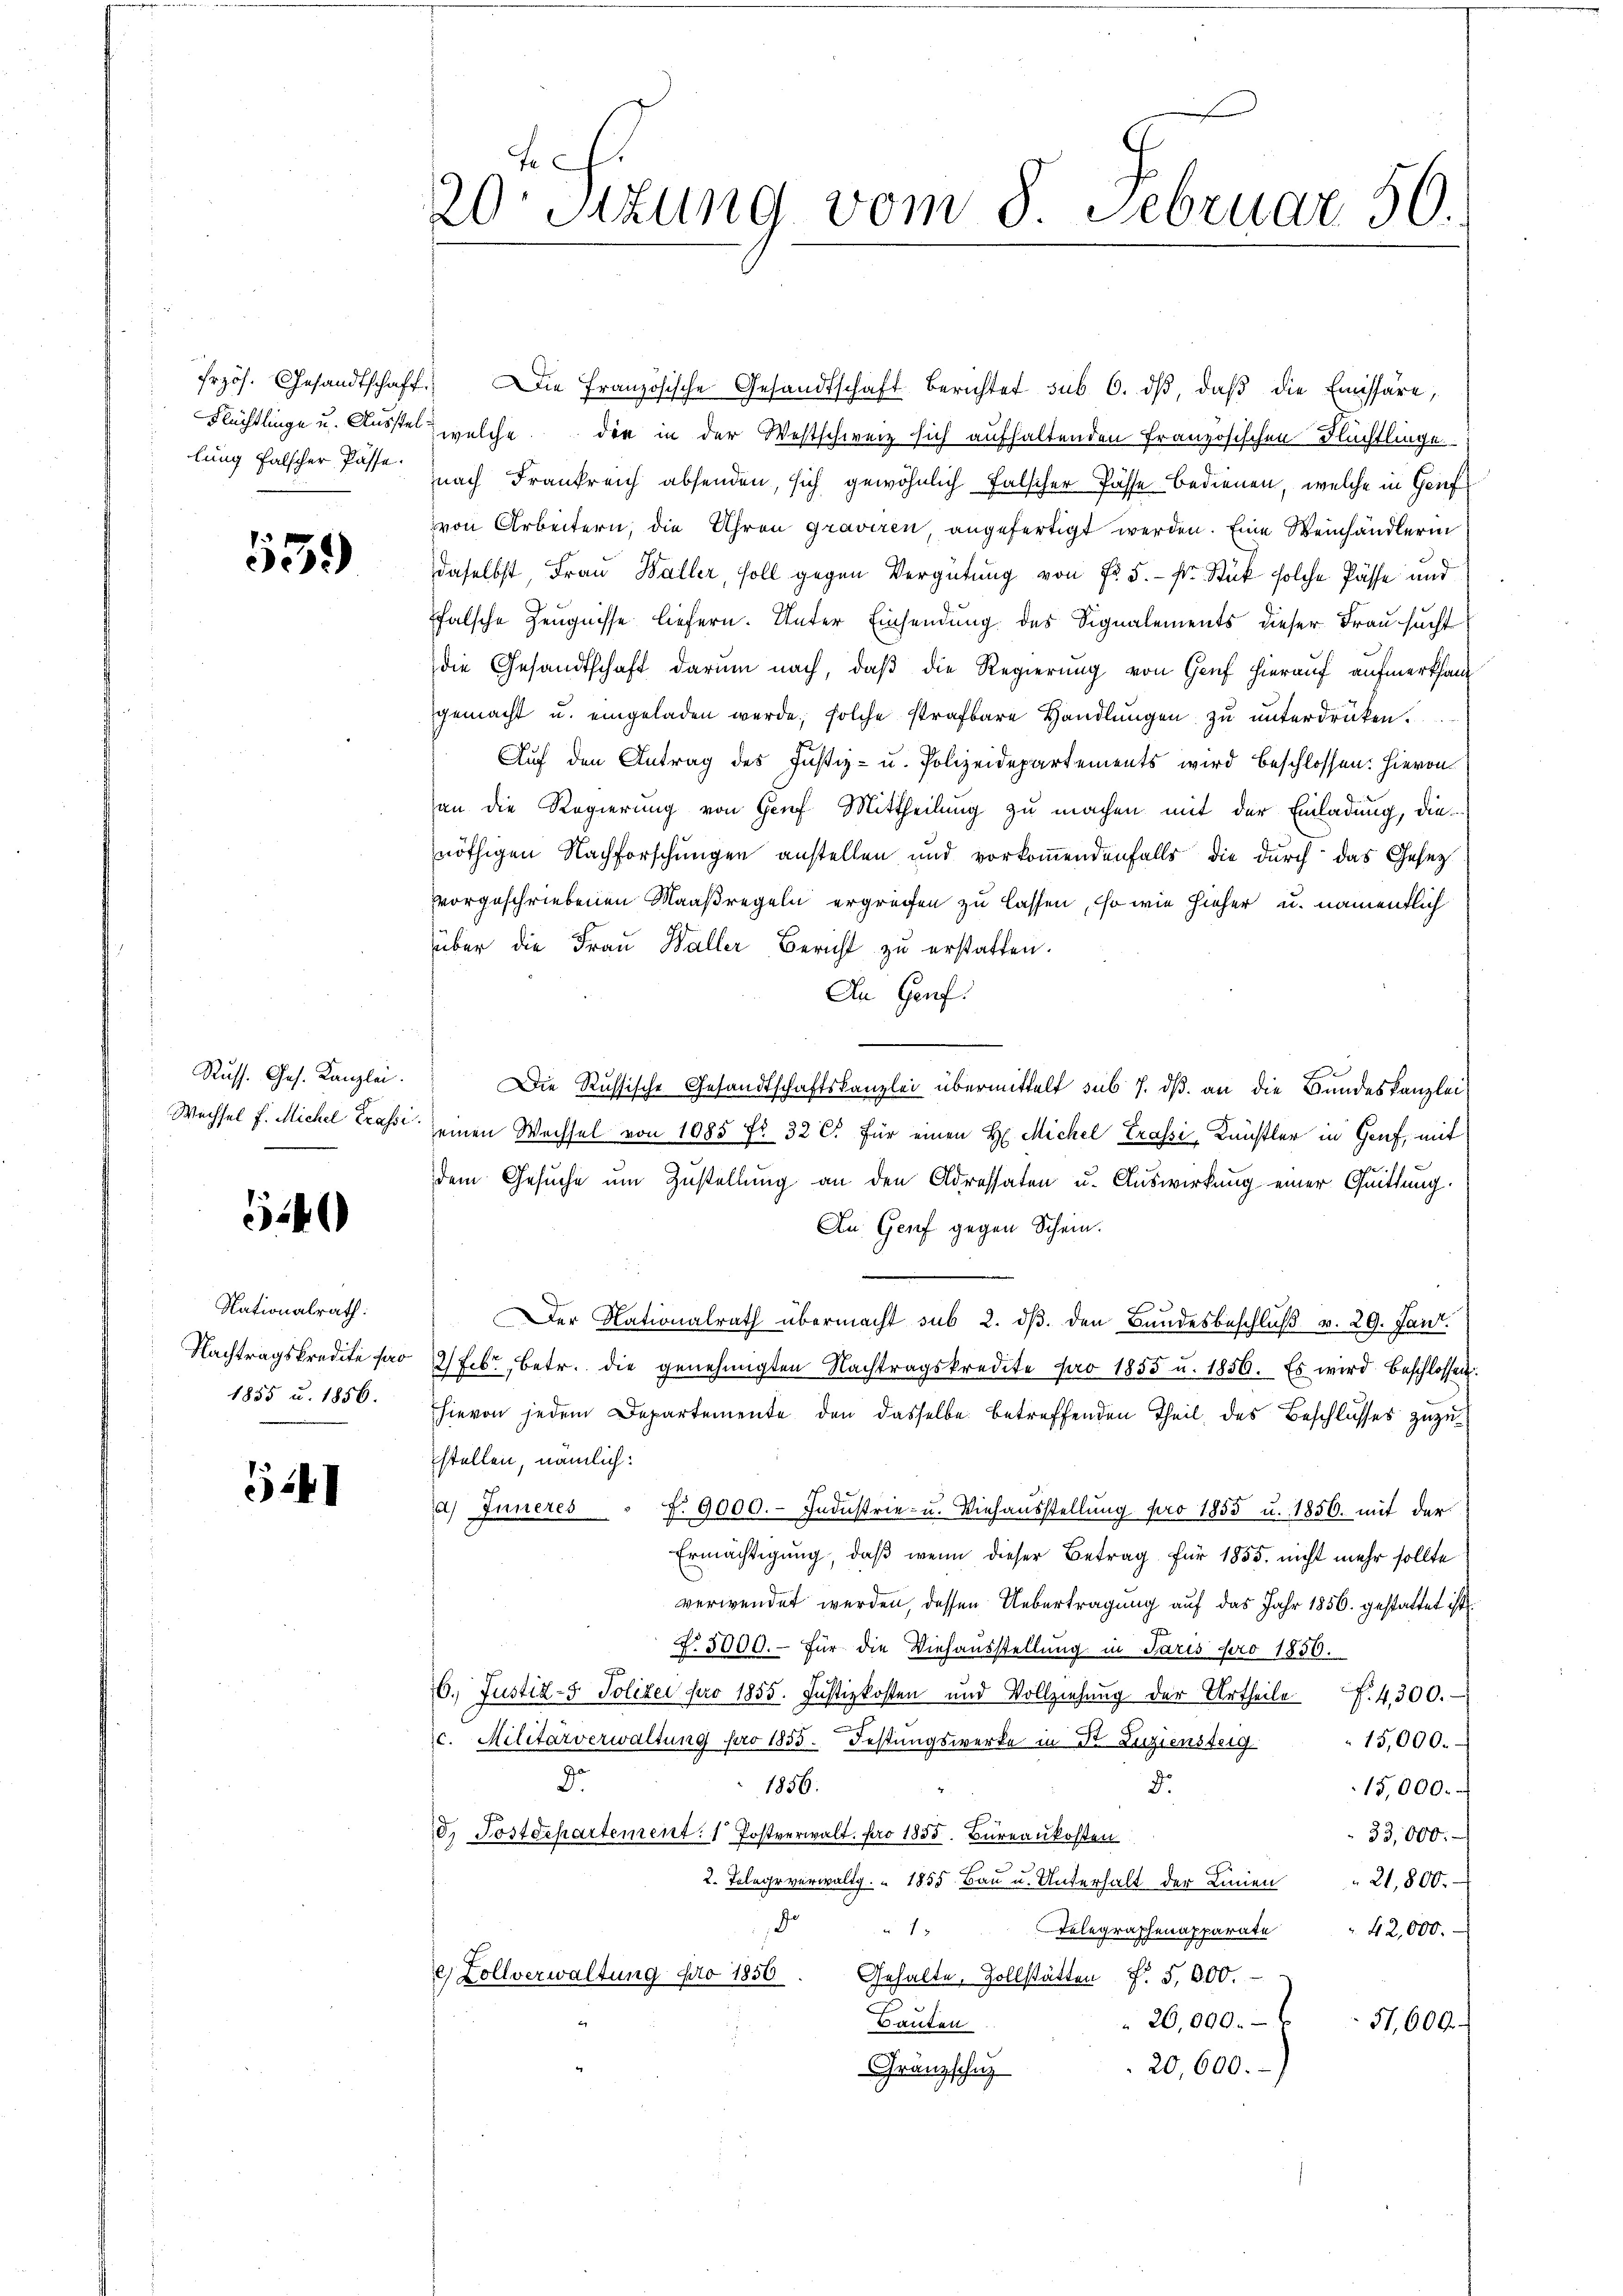
lung falscher Pässe.

539)

Russ. Ges. Kanzlei.
Wechsel f. Michel Trassi

540

Nationalrath:
Nachtragskredite pro
1855 u. 1856.

54

4
20 Stzung vom 8. Februar 50.

frzös. Gesandtschaft. Die Französische Gesandtschaft berichtet sub 6. dβ, daβ die Emissäre,
Flüchtlinge u. Ausste welche die in der Westschweiz sich aufhaltenden Französischen Flüchtlinge
nach Frankreich absenden, sich gewöhnlich falscher Pässe bedienen, welche in Genf
von Arbeitern, die Uhren graviren, angefertigt werden. Eine Weinhändlerin
daselbst, Frau Baller, soll gegen Vergütung von Fr. 5.- Fr. Stück solche Pässe und
falsche Zeugnisse liefern. Unter Einsendung des Signalements dieser Frau sucht
die Gesandtschaft darum nach, daß die Regierung von Genf hierauf aufmerksamgemacht u. eingeladen werde, solche strafbare Handlŭngen zŭ ŭnterdrücken.
Auf den Antrag des Justiz- u. Polizeidepartements wird beschlossen: Hievon
an die Regierung von Genf Mittheilung zu machen mit der Einladung, die
nöthigen Nachforschungen anstellen und vorkommendenfalls die durch das Gesetz
vorgeschriebenen Maaßregeln ergreifen zu lassen, so wie hieher u. namentlich
über die Frau Waller Bericht zu erstatten.
An Genf.
Die Russische Gesandtschaftskanzlei übermittelt sub 7. dß. an die Bundeskanzleieinen Wechsel von 1085 fr. 32 C. für einen H. Michel Trassi, Künstler in Genf, mit
dem Gesuche um Zustellung an den Adressaten u. Auswirkung einer Quittung.
An Genf gegen Schein.
Der Nationalrath übermacht sub 2. dβ den Bundesbeschluß v. 29. Jan.
2 Febr., betr. die genehmigten Nachtragskredite pro 1855 u. 1856. Es wird beschlossen.
hievon jedem Departemente den dasselbe betreffenden Theil, des Beschlusses zuzustellen, nämlich:
a) Inneres " f. 9000.- Industrie- u. Viehausstellŭng pro 1855 u. 1856. mit der
Ermächtigung, daß wenn dieser Betrag für 1855. nicht mehr sollte
verwendet werden, dessen Uebertragung auf das Jahr 1856. gestattet ist,
No 5000.- für die Viehausstellung in Paris pro 1856.
6. Justiz- u. Polizei pro 1855. Justizkosten und Vollziehŭng der Urtheile f. 4300.
15,000.
c. Militärverwaltung pro 1855. Festungswerke in Dr. Luziensteig
.
1856.
d.
15,000.
33,000.
8. Postdepartement: 1. Postverwalt pro 1835. Bureaukosten
2. Telege verwaltg. " 1855. Baŭ u. Unterhalt der Linien " 21,800.
J
Telegraphenapparate
u 13
42,000.
e Zollverwaltŭng pro 1850. Gehalte, Zollstätten f. 5,000.
26,000.
Bauten
51,009.
20,600.
Gränzschuz